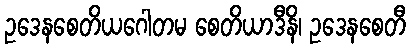
ဥဒေနစေတိယဂေါတမ စေတိယာဒီနိ၊ ဥဒေနစေတီ